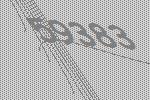
59383